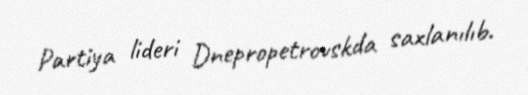
Partiya lideri Dnepropetrovskda saxlanılıb.